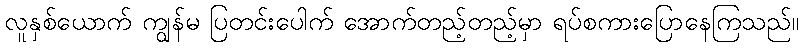
လူနှစ်ယောက် ကျွန်မ ပြတင်းပေါက် အောက်တည့်တည့်မှာ ရပ်စကားပြောနေကြသည်။